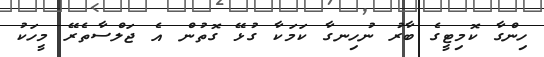
ހިންގާ ކޮމިޓީގެ ބާރު ނުހިނގާ ކަމަކާ ގުޅޭ ގޮތުން އެ ޖަލްސާތެރޭ މީހަކު